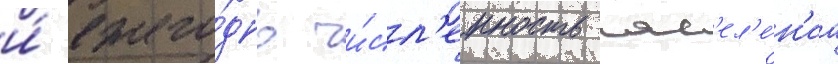
и́ ежего́дно чи́сл'енность нас'ел'е́н'иа